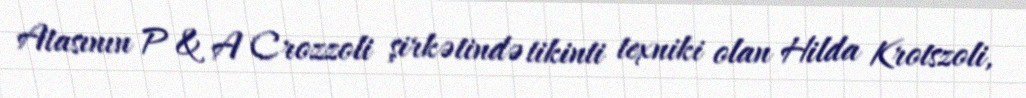
Atasının P & A Crozzoli şirkətində tikinti texniki olan Hilda Krotszoli,